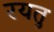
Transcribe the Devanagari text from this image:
रयतु